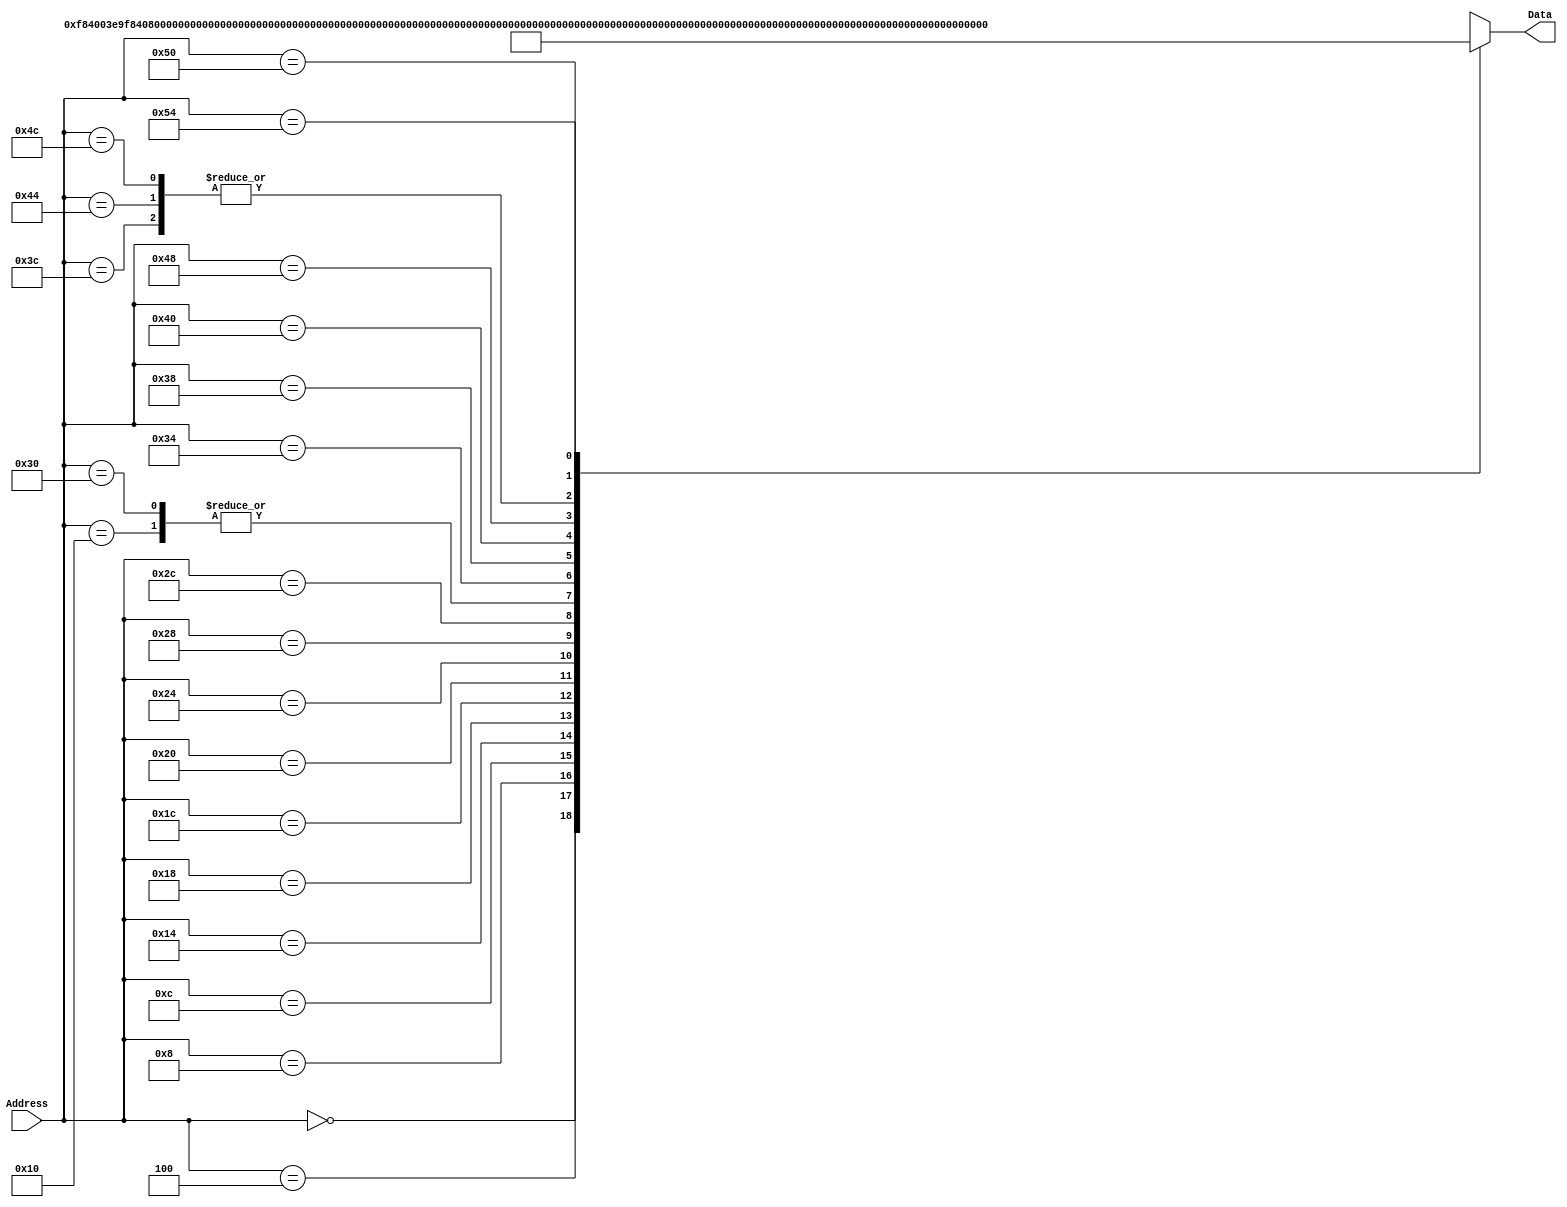
`timescale 1ns / 1ps
/*
 * Module: InstructionMemory
 *
 * Implements read-only instruction memory
 * 
 */
module InstructionMemory(Data, Address);
   parameter T_rd = 20;
   parameter MemSize = 40;
   
   output [31:0] Data;
   input [63:0]  Address;
   reg [31:0] 	 Data;
   
   /*
    * ECEN 350 Processor Test Functions
    * Texas A&M University
    */
   
   always @ (Address) begin
      #4;
      case(Address)

	/* Test Program 1:
	 * Program loads constants from the data memory. Uses these constants to test
	 * the following instructions: LDUR, ORR, AND, CBZ, ADD, SUB, STUR and B.
	 * 
	 * Assembly code for test:
	 * 
	 * 0: LDUR X9, [XZR, 0x0]    //Load 1 into x9
	 * 4: LDUR X10, [XZR, 0x8]   //Load a into x10
	 * 8: LDUR X11, [XZR, 0x10]  //Load 5 into x11
	 * C: LDUR X12, [XZR, 0x18]  //Load big constant into x12
	 * 10: LDUR X13, [XZR, 0x20]  //load a 0 into X13
	 * 
	 * 14: ORR X10, X10, X11  //Create mask of 0xf
	 * 18: AND X12, X12, X10  //Mask off low order bits of big constant
	 * 
	 * loop:
	 * 1C: CBZ X12, end  //while X12 is not 0
	 * 20: ADD X13, X13, X9  //Increment counter in X13
	 * 24: SUB X12, X12, X9  //Decrement remainder of big constant in X12
	 * 28: B loop  //Repeat till X12 is 0
	 * 2C: STUR X13, [XZR, 0x20]  //store back the counter value into the memory location 0x20
	 */
	

	63'h000: Data = 32'hF84003E9;
	63'h004: Data = 32'hF84083EA;
	63'h008: Data = 32'hF84103EB;
	63'h00c: Data = 32'hF84183EC;
	63'h010: Data = 32'hF84203ED;
	63'h014: Data = 32'hAA0B014A;
	63'h018: Data = 32'h8A0A018C;
	63'h01c: Data = 32'hB400008C;
	63'h020: Data = 32'h8B0901AD;
	63'h024: Data = 32'hCB09018C;
	63'h028: Data = 32'h17FFFFFD;
	63'h02c: Data = 32'hF80203ED;
	63'h030: Data = 32'hF84203ED;  //One last load to place stored value on memdbus for test checking.

	//Program 2
        //34: MOVZ X9, 0x1234, LSL 48
        //38: MOVZ X10, 0x5678, LSL 32
        //3c: ADD X9, X9, X10
        //40: MOVZ X10, 0x9abc, LSL 16
        //44: ADD X9, X9, X10
        //48: MOVZ X10, 0xdef0, LSL 0
        //4c: ADD X9, X9, X10
        //50: STUR X9, [XZR, 0x28]
        //54: LDUR X10, [XZR, 0x28]

	//Program 2
	63'h034: Data = 32'hD2E24689;
	
	63'h038: Data = 32'hD2CACF0A;
	
	63'h03c: Data = 32'h8B0A0129;
	
	63'h040: Data = 32'hD2B3578A;
	
	63'h044: Data = 32'h8B0A0129;
	
	63'h048: Data = 32'hD29BDE0A;
	
	63'h04c: Data = 32'h8B0A0129;
	
	63'h050: Data = 32'hF8002BE9;
	
	63'h054: Data = 32'hF8402BEA;

			
	default: Data = 32'hXXXXXXXX;
      endcase
   end
endmodule